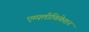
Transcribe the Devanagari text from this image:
एम्पलीफिकेशन